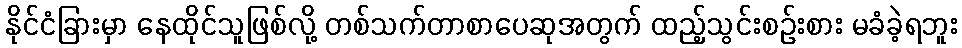
နိုင်ငံခြားမှာ နေထိုင်သူဖြစ်လို့ တစ်သက်တာစာပေဆုအတွက် ထည့်သွင်းစဉ်းစား မခံခဲ့ရဘူး